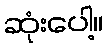
ဆုံးပေါ့။